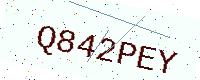
Text: Q842PEY